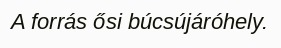
A forrás ősi búcsújáróhely.